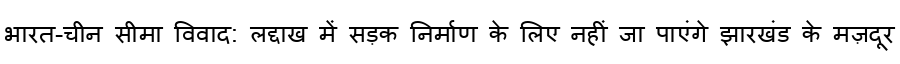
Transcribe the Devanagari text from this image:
भारत-चीन सीमा विवाद: लद्दाख में सड़क निर्माण के लिए नहीं जा पाएंगे झारखंड के मज़दूर